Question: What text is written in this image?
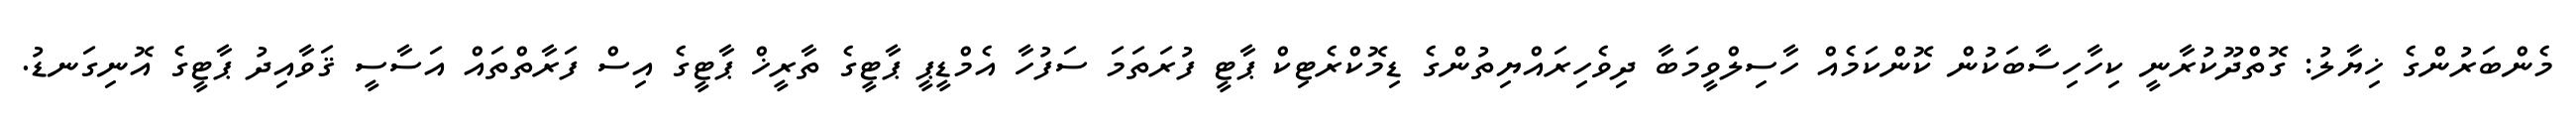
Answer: މެންބަރުންގެ ޚިޔާލު: ގޮތްދޫކުރާނީ ކިހާހިސާބަކުން ކޮންކަމެއް ހާސިލްވީމަބާ ދިވެހިރައްޔިތުންގެ ޑިމޮކްރެޓިކް ޕާޓީ ފުރަތަމަ ސަފުހާ އެމްޑީޕީ ޕާޓީގެ ތާރީޚް ޕާޓީގެ އިސް ފަރާތްތައް އަސާސީ ޤަވާއިދު ޕާޓީގެ އޮނިގަނޑު.